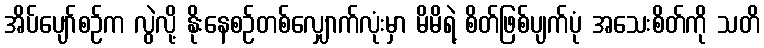
အိပ်ပျော်စဉ်က လွဲလို့ နိုးနေစဉ်တစ်လျှောက်လုံးမှာ မိမိရဲ့ စိတ်ဖြစ်ပျက်ပုံ အသေးစိတ်ကို သတိ